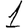
Digit: 1